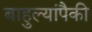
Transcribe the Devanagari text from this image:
बाहुल्यांपैकी